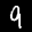
Label: 9